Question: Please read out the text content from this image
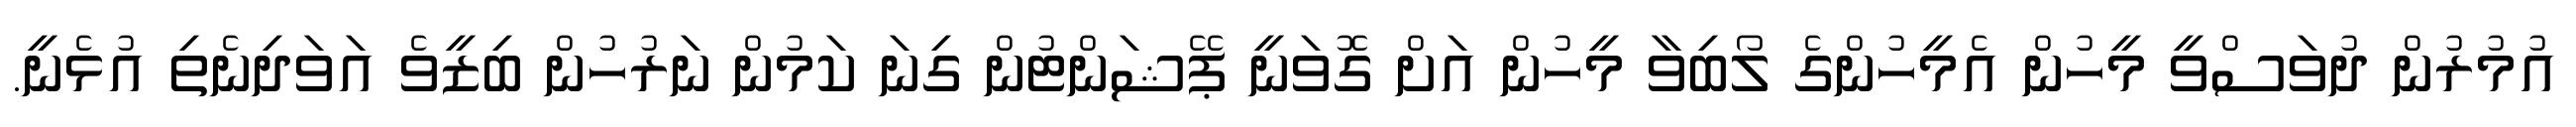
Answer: އުމުރުން ދުވަސްވީ މީހުން އެމީހުންގެ ލޯބިވާ މީހުން އަށް ގޮވަނީ ޕޭޝަންޓުން ގިނަ ކަމުން ނަރުހުން ބިޒީވެ އަވަދިނެތި އުޅެނީ.